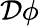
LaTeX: {\mathcal{D}}\phi